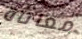
معاناة